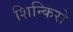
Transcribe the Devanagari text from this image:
शिन्किरो